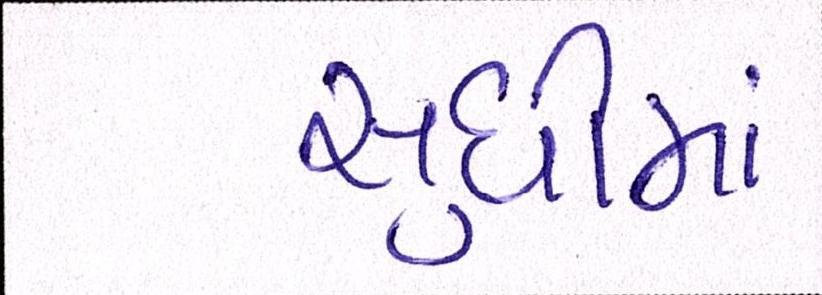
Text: સુધીમાં